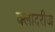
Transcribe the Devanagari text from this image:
क्लादरीज